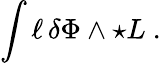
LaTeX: \int\ell\, \delta\Phi\wedge\star L~.